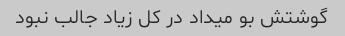
گوشتش بو میداد در کل زیاد جالب نبود